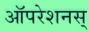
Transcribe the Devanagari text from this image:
ऑपरेशनस्